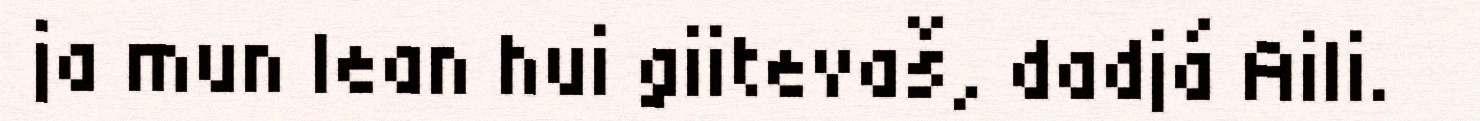
ja mun lean hui giitevaš, dadjá Aili.